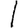
Digit: 1